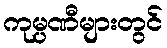
ကုမ္ပဏီများတွင်